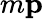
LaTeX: m\le p